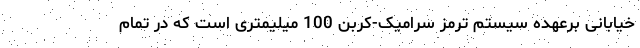
خیابانی برعهده سیستم ترمز سرامیک-کربن 100 میلیمتری است که در تمام